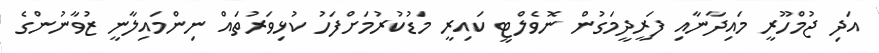
އަދި ޖުމްހޫރީ މައިދާނާއި ފަރީދީމަގުން ނޮވެލްޓީ ކައިރީ މަޑުކުރުމަށްފަހު ކުޅިވަރުތައް ނިންމައިލާނީ ޒުވާނުންގެ